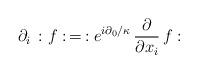
LaTeX: \begin{align*} \partial_i\, :f:\,= \,: e^{i\partial_0/\kappa}\,\frac{\partial}{\partial x_i}\, f:\end{align*}